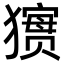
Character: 㺙